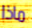
ماذا